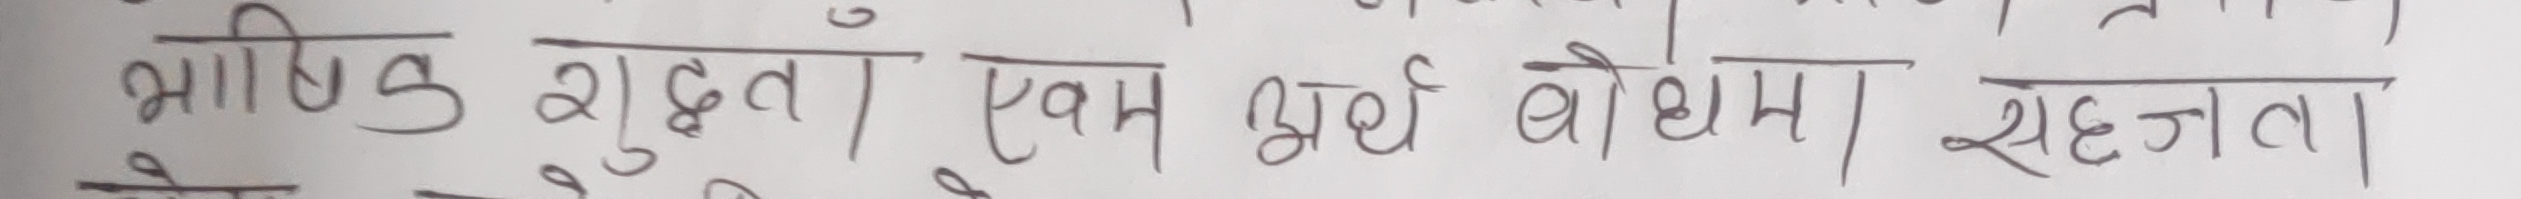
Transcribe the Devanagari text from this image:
भाषिक शुद्धता एवं अर्थ बोधम सहजता।